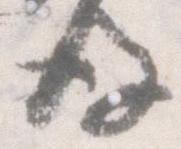
後